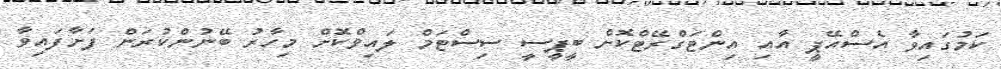
ކަމުގައިވާ އެސްއޭޕީ އާއި އިންޓަގްރޭޓްކޮށް ބީޕީސީ ސިސްޓަމް ލައިވްކޮށް މިހާރު ބޭނުންކުރަން ފަށާފައިވާ